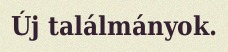
Új találmányok.